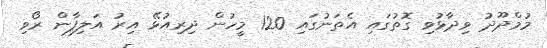
މުމްދޫދު ވިދާޅުވި ގޮތުގައި އެތަނުގައި 120 މީހުން ދިރިއުޅޭ އިރު އަލިފާން ރޯވި